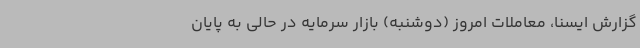
گزارش ایسنا، معاملات امروز (دوشنبه) بازار سرمایه در حالی به پایان